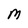
Character: M